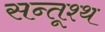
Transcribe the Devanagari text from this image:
सन्तूश्थ